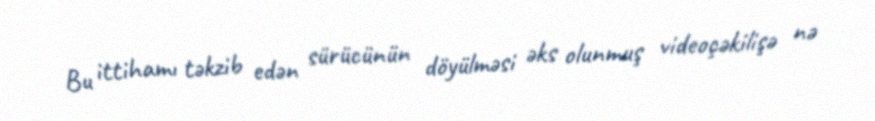
Bu ittihamı təkzib edən sürücünün döyülməsi əks olunmuş videoçəkilişə nə